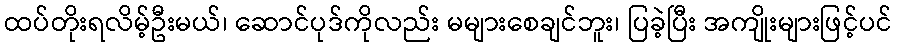
ထပ်တိုးရလိမ့်ဦးမယ်၊ ဆောင်ပုဒ်ကိုလည်း မများစေချင်ဘူး၊ ပြခဲ့ပြီး အကျိုးများဖြင့်ပင်